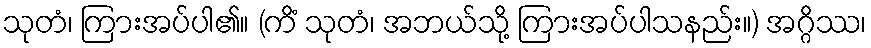
သုတံ၊ ကြားအပ်ပါ၏။ (ကိံ သုတံ၊ အဘယ်သို့ ကြားအပ်ပါသနည်း။) အဂ္ဂိဿ၊